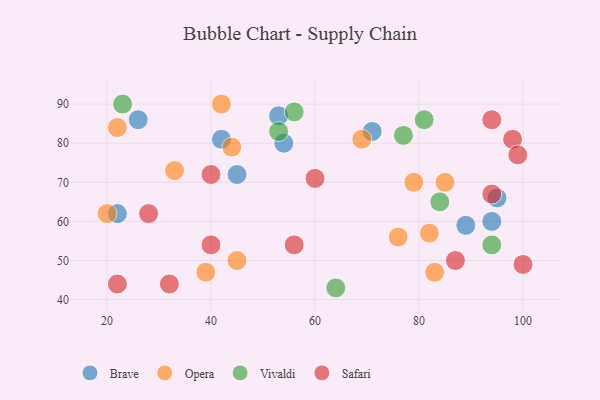
{"axis": {"x": "GDP", "y": "Life Expectancy"}, "legend": ["Brave", "Opera", "Safari", "Vivaldi"], "data": [{"x": "95", "y": 66, "type": "Brave"}, {"x": "71", "y": 83, "type": "Brave"}, {"x": "89", "y": 59, "type": "Brave"}, {"x": "45", "y": 72, "type": "Brave"}, {"x": "42", "y": 81, "type": "Brave"}, {"x": "26", "y": 86, "type": "Brave"}, {"x": "53", "y": 87, "type": "Brave"}, {"x": "54", "y": 80, "type": "Brave"}, {"x": "22", "y": 62, "type": "Brave"}, {"x": "94", "y": 60, "type": "Brave"}, {"x": "42", "y": 90, "type": "Opera"}, {"x": "45", "y": 50, "type": "Opera"}, {"x": "22", "y": 84, "type": "Opera"}, {"x": "44", "y": 79, "type": "Opera"}, {"x": "79", "y": 70, "type": "Opera"}, {"x": "76", "y": 56, "type": "Opera"}, {"x": "20", "y": 62, "type": "Opera"}, {"x": "69", "y": 81, "type": "Opera"}, {"x": "82", "y": 57, "type": "Opera"}, {"x": "85", "y": 70, "type": "Opera"}, {"x": "33", "y": 73, "type": "Opera"}, {"x": "83", "y": 47, "type": "Opera"}, {"x": "39", "y": 47, "type": "Opera"}, {"x": "23", "y": 90, "type": "Vivaldi"}, {"x": "84", "y": 65, "type": "Vivaldi"}, {"x": "81", "y": 86, "type": "Vivaldi"}, {"x": "94", "y": 54, "type": "Vivaldi"}, {"x": "77", "y": 82, "type": "Vivaldi"}, {"x": "64", "y": 43, "type": "Vivaldi"}, {"x": "53", "y": 83, "type": "Vivaldi"}, {"x": "56", "y": 88, "type": "Vivaldi"}, {"x": "98", "y": 81, "type": "Safari"}, {"x": "22", "y": 44, "type": "Safari"}, {"x": "60", "y": 71, "type": "Safari"}, {"x": "56", "y": 54, "type": "Safari"}, {"x": "94", "y": 67, "type": "Safari"}, {"x": "40", "y": 54, "type": "Safari"}, {"x": "40", "y": 72, "type": "Safari"}, {"x": "94", "y": 86, "type": "Safari"}, {"x": "32", "y": 44, "type": "Safari"}, {"x": "100", "y": 49, "type": "Safari"}, {"x": "99", "y": 77, "type": "Safari"}, {"x": "87", "y": 50, "type": "Safari"}, {"x": "28", "y": 62, "type": "Safari"}]}